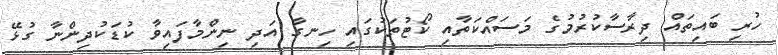
ހުރި ބައިތައް ދިރާސާކުރުމުގެ މަސައްކަތާއި ކޯޓުތަކުގައި ހިނގާ އަދި ނިންމާފައިވާ ކުޑަކުދިންނާ ގުޅޭ